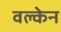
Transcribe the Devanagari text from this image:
वल्केन